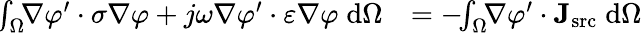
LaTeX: \begin{array}{rl}{\! \int_{\Omega}\! \! \nabla\varphi^{\prime}\cdot\sigma\nabla\varphi+j\omega\nabla\varphi^{\prime}\cdot\varepsilon\nabla\varphi\; \mathrm{d}\Omega}&{=-\! \! \int_{\Omega}\! \! \nabla\varphi^{\prime}\cdot\mathbf{J}_{\textrm{src}}\; \mathrm{d}\Omega}\end{array}